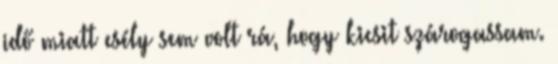
idő miatt esély sem volt rá, hogy kicsit szárogassam.